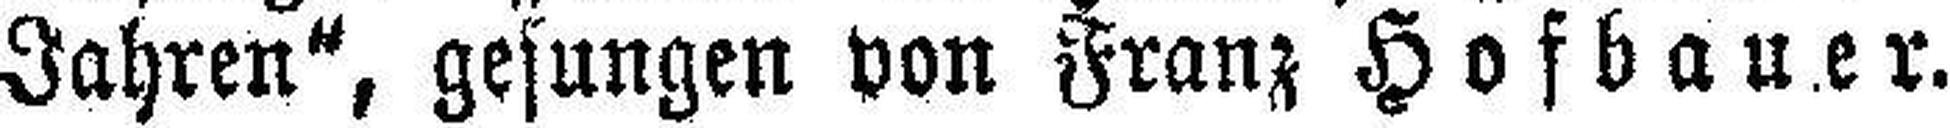
Jahren", gesungen von Franz Hofbauer.